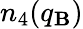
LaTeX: n_{4}(q_{\mathbf{B}})